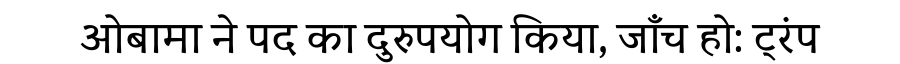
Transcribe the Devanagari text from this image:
ओबामा ने पद का दुरुपयोग किया, जाँच हो: ट्रंप